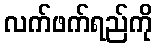
လက်ဖက်ရည်ကို